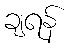
ချရန်